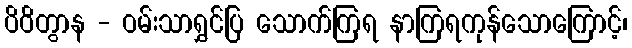
ပိဝိတွာန - ဝမ်းသာရွှင်ပြ သောက်ကြရ နာကြရကုန်သောကြောင့်၊